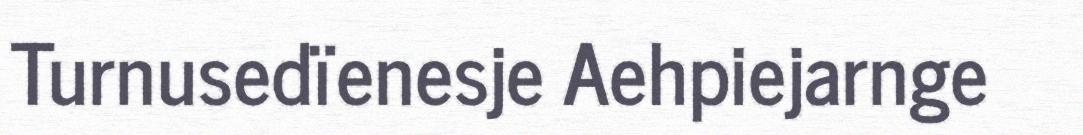
Turnusedïenesje Aehpiejarnge